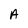
Character: A